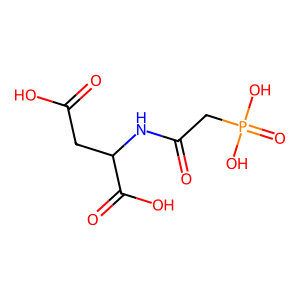
SMILES: O=C(O)CC(NC(=O)CP(=O)(O)O)C(=O)O
Inhibits HIV replication: No